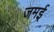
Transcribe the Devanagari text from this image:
जमई